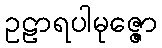
ဥဠာရပါမုဇ္ဇော